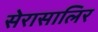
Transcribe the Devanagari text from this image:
सेरासालिर